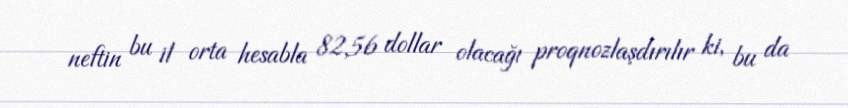
neftin bu il orta hesabla 82,56 dollar olacağı proqnozlaşdırılır ki, bu da